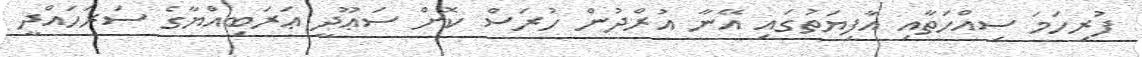
ފުރިހަމަ ސިއްހަތާއި އާފިޔަތުގައި އޭނާ އުރްދުން ހުރަސް ކޮށް ސަޢޫދީ ޢަރަބިއްޔާގެ ސަރަހައްދީ